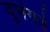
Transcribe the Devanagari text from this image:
दुभंगते